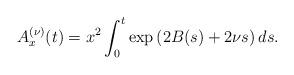
LaTeX: \begin{align*} A^{(\nu)}_{x}(t)=x^2\int_0^t\exp\left(2B(s)+2\nu s\right)ds.\end{align*}